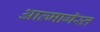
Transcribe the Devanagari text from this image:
आल्मागॅस्त